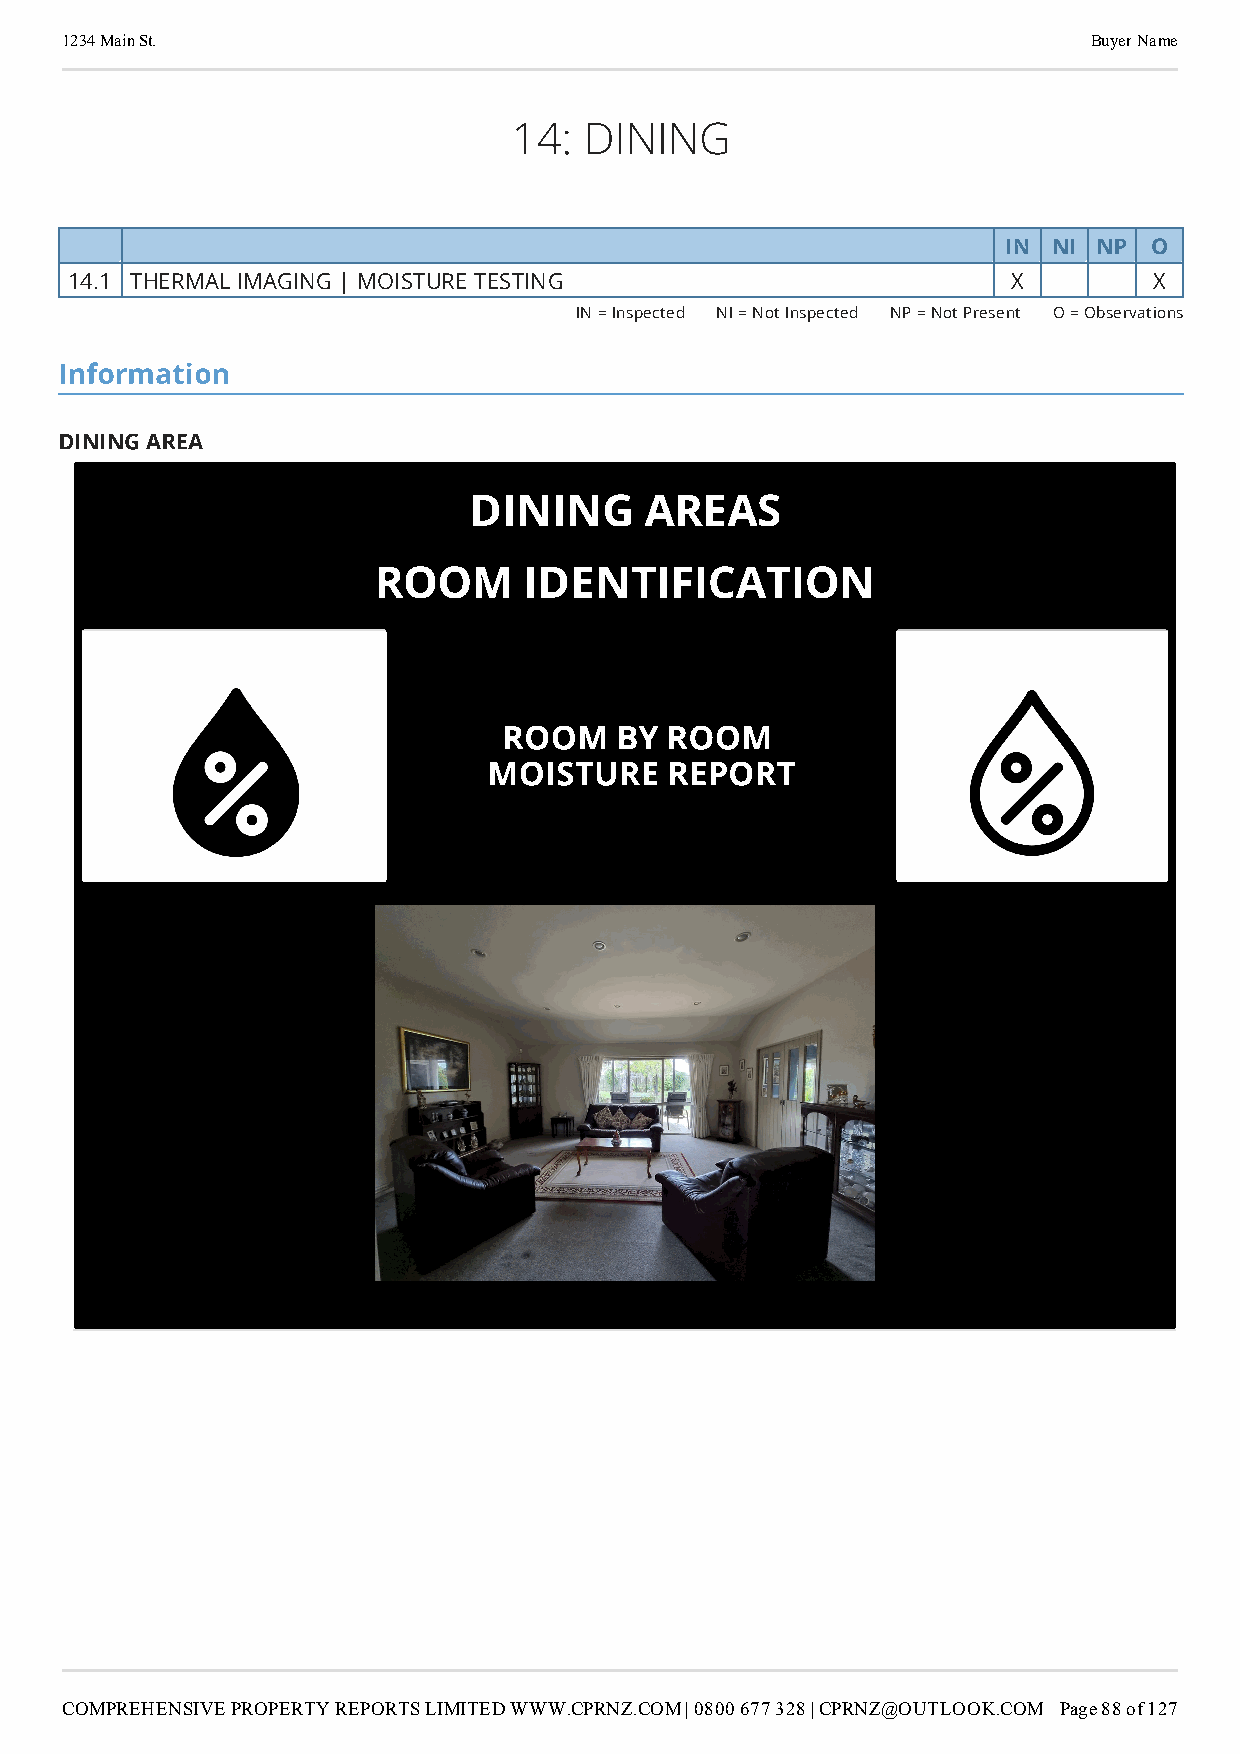
1234 Main St.                                                       Buyer Name
 14:  DINING
 section-MTcyNmQ3NzktZmE5OS00ZjQwLTg5ZmQtMjJkODgwNWZhYzEw
 IN  NI NP O
 14.1 THERMAL IMAGING | MOISTURE TESTING                        X        X
 IN = Inspected NI = Not Inspected NP = Not Present O = Observations
 Information
 DINING AREA
 DINING      AREAS
 ROOM      IDENTIFICATION
 ROOM    BY ROOM
 MOISTURE    REPORT
 COMPREHENSIVE PROPERTY REPORTS LIMITED WWW.CPRNZ.COM | 0800 677 328 | CPRNZ@OUTLOOK.COM Page 88 of 127